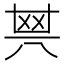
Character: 𠔝